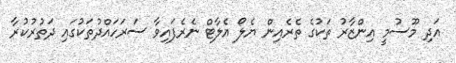
އަދި މޫސުމީ އިންޒާރު ތަކުގެ ތެރެއިން ޔެލޯ އެލާޓް ނެރެފައިވާ ސަރަހައްދުތަކުގައި ދަތުރުކުރާ